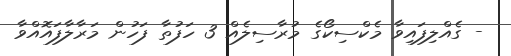
- ގެއްލިފައިވާ މެކްސިކޯގެ މުރާސިލެއް 3 ހަފުތާ ފަހުން މަރާލާފައޮއްވާ